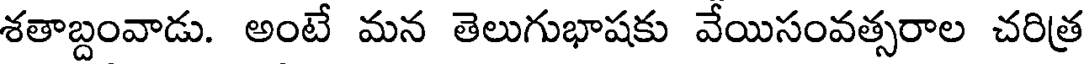
శతాబ్దంవాడు. అంటే మన తెలుగుభాషకు వేయిసంవత్సరాల చరిత్ర